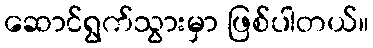
ဆောင်ရွက်သွားမှာ ဖြစ်ပါတယ်။